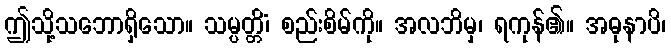
ဤသို့သဘောရှိသော။ သမ္ပတ္တိံ၊ စည်းစိမ်ကို။ အလဘိမှ၊ ရကုန်၏။ အဓုနာပိ၊